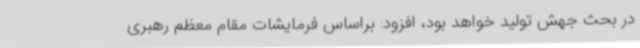
در بحث جهش تولید خواهد بود، افزود: براساس فرمایشات مقام معظم رهبری